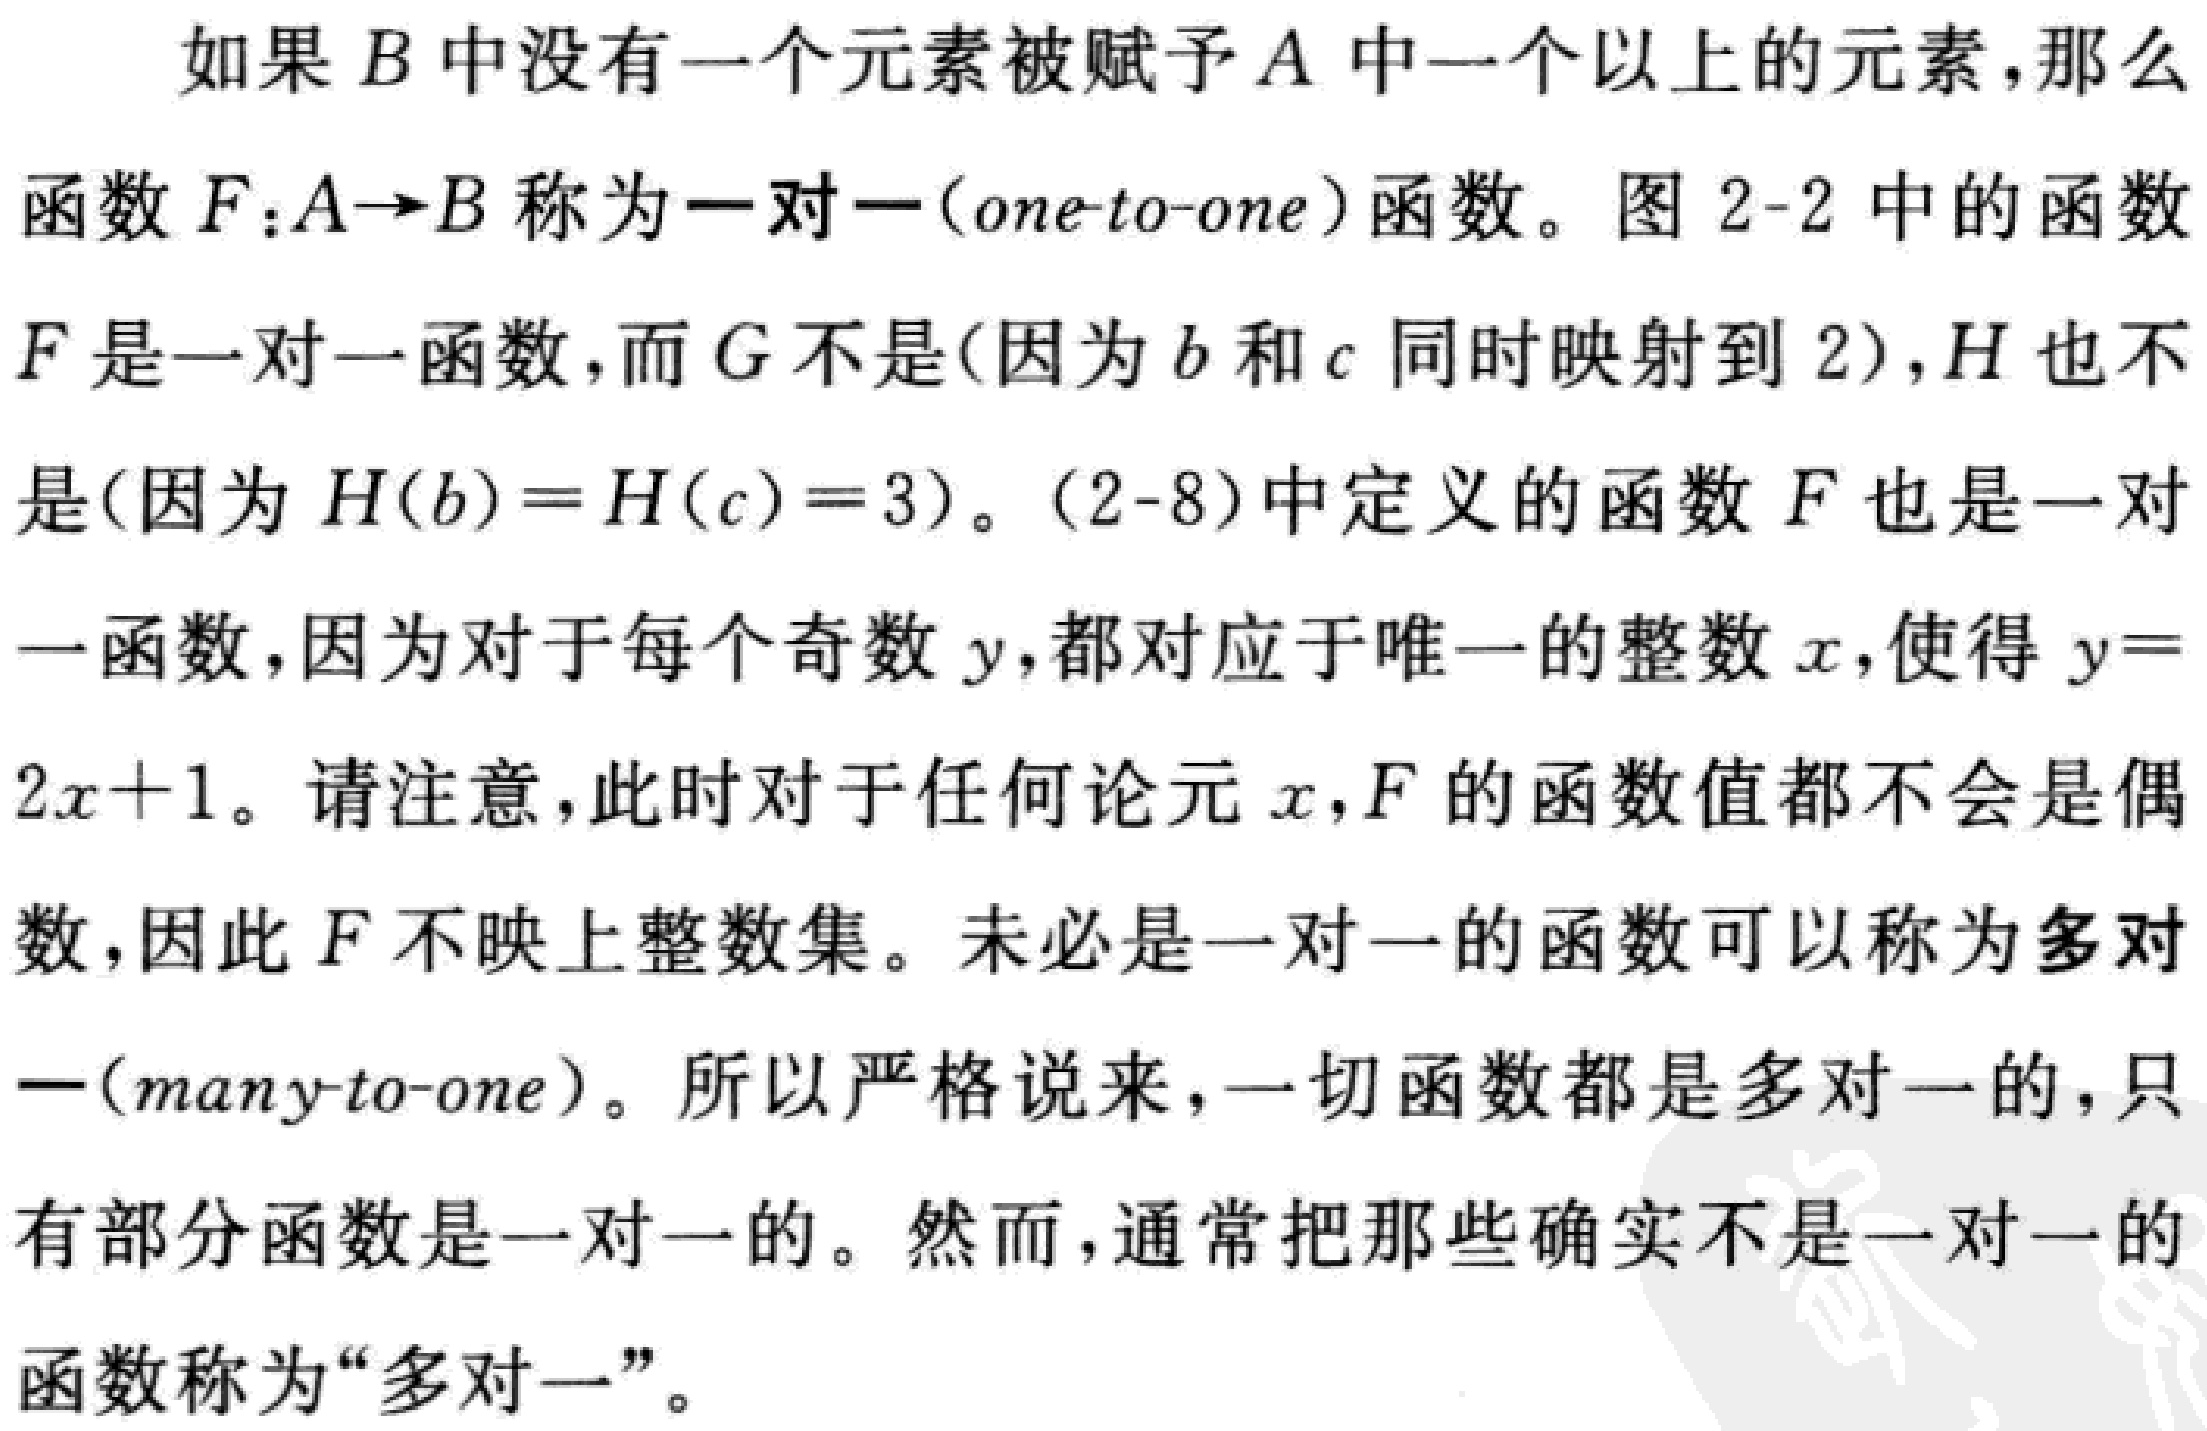
如果 \(B\) 中没有一个元素被赋予 \(A\) 中一个以上的元素，那么

函数 \(F:A\rightarrow B\) 称为一对一（one - to - one）函数。图 2 - 2 中的函数

\(F\) 是一对一函数，而 \(G\) 不是（因为 \(b\) 和 \(c\) 同时映射到 2），\(H\) 也不

是（因为 \(H(b)=H(c)=3\)）。（2 - 8）中定义的函数 \(F\) 也是一对

一函数，因为对于每个奇数 \(y\)，都对应于唯一的整数 \(x\)，使得 \(y =

2x + 1\)。请注意，此时对于任何论元 \(x\)，\(F\) 的函数值都不会是偶

数，因此 \(F\) 不映上整数集。未必是一对一的函数可以称为多对

一（many - to - one）。所以严格说来，一切函数都是多对一的，只

有部分函数是一对一的。然而，通常把那些确实不是一对一的

函数称为“多对一”。